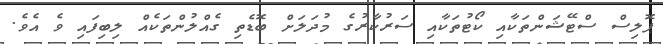
ޕޮލިސް ސްޓޭޝަންތަކާއި ކޯޓުތަކާއި ސަރުކާރުގެ މުދަލަށް ބޮޑެތި ގެއްލުންތަކެއް ލިބިފައި ވެ އެވެ.